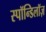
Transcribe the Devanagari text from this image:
स्पॉन्डिलॉज़